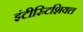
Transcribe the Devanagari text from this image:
इंटीस्र्टिशियल